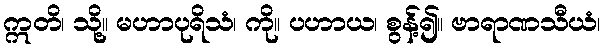
ဣတိ၊ သို့။ မဟာပုရိသံ၊ ကို။ ပဟာယ၊ စွန့်၍။ ဗာရာဏသီယံ၊